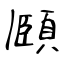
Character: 頥